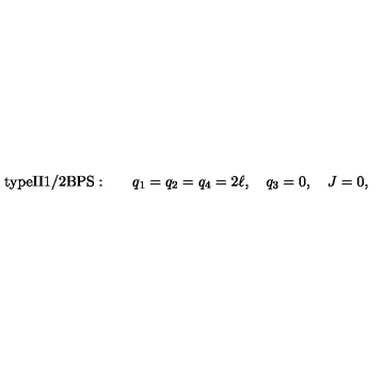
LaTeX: \mathrm { t y p e I I 1 / 2 B P S : } \qquad q _ { 1 } = q _ { 2 } = q _ { 4 } = 2 \ell , \quad q _ { 3 } = 0 , \quad J = 0 ,